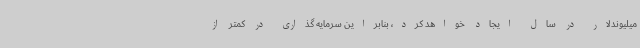
میلیوندلار در سال ایجاد خواهد کرد، بنابراین سرمایه گذاری در کمتر از